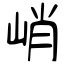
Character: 峭